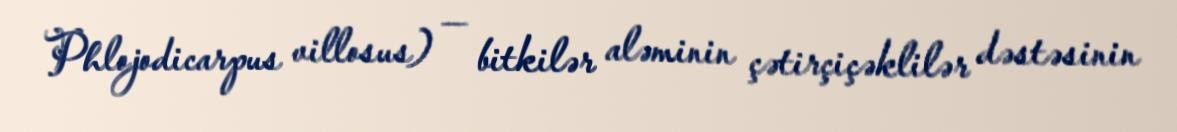
Phlojodicarpus villosus) — bitkilər aləminin çətirçiçəklilər dəstəsinin